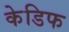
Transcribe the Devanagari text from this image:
केडिफ